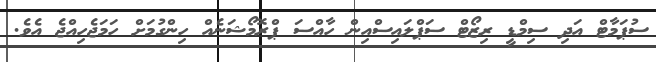
ސުޕަމާޓް އަދި ސިމްޑީ ރިޒޯޓް ސަޕްލައިސްއިން ހާއްސަ ޕްރޮމޯޝަނެއް ހިންގުމަށް ހަމަޖެހިއްޖެ އެވެ.